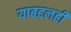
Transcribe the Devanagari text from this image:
याबद्दलही